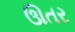
ઊતર